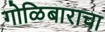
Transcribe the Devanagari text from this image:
गोळिबाराचा